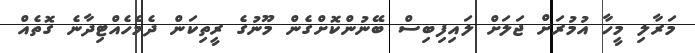
މަރާލި މީހާ އުމުރަށް ޖަލަށް ލައިފިބިސް ބޭނުންކޮށްގެން މޫނުގެ ރީތިކަން ދެމެހެއްޓިދާނެ ގޮތެއް